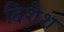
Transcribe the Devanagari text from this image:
दिशेश